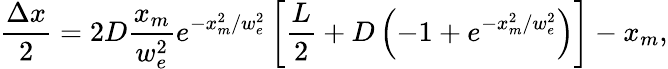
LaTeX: \frac{\Delta x}{2}=2D\frac{x_{m}}{w_{e}^{2}}e^{-x_{m}^{2}/w_{e}^{2}}\left[\frac{L}{2}+D\left(-1+e^{-x_{m}^{2}/w_{e}^{2}}\right)\right]-x_{m},